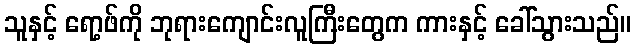
သူနှင့် ရော့ဖ်ကို ဘုရားကျောင်းလူကြီးတွေက ကားနှင့် ခေါ်သွားသည်။